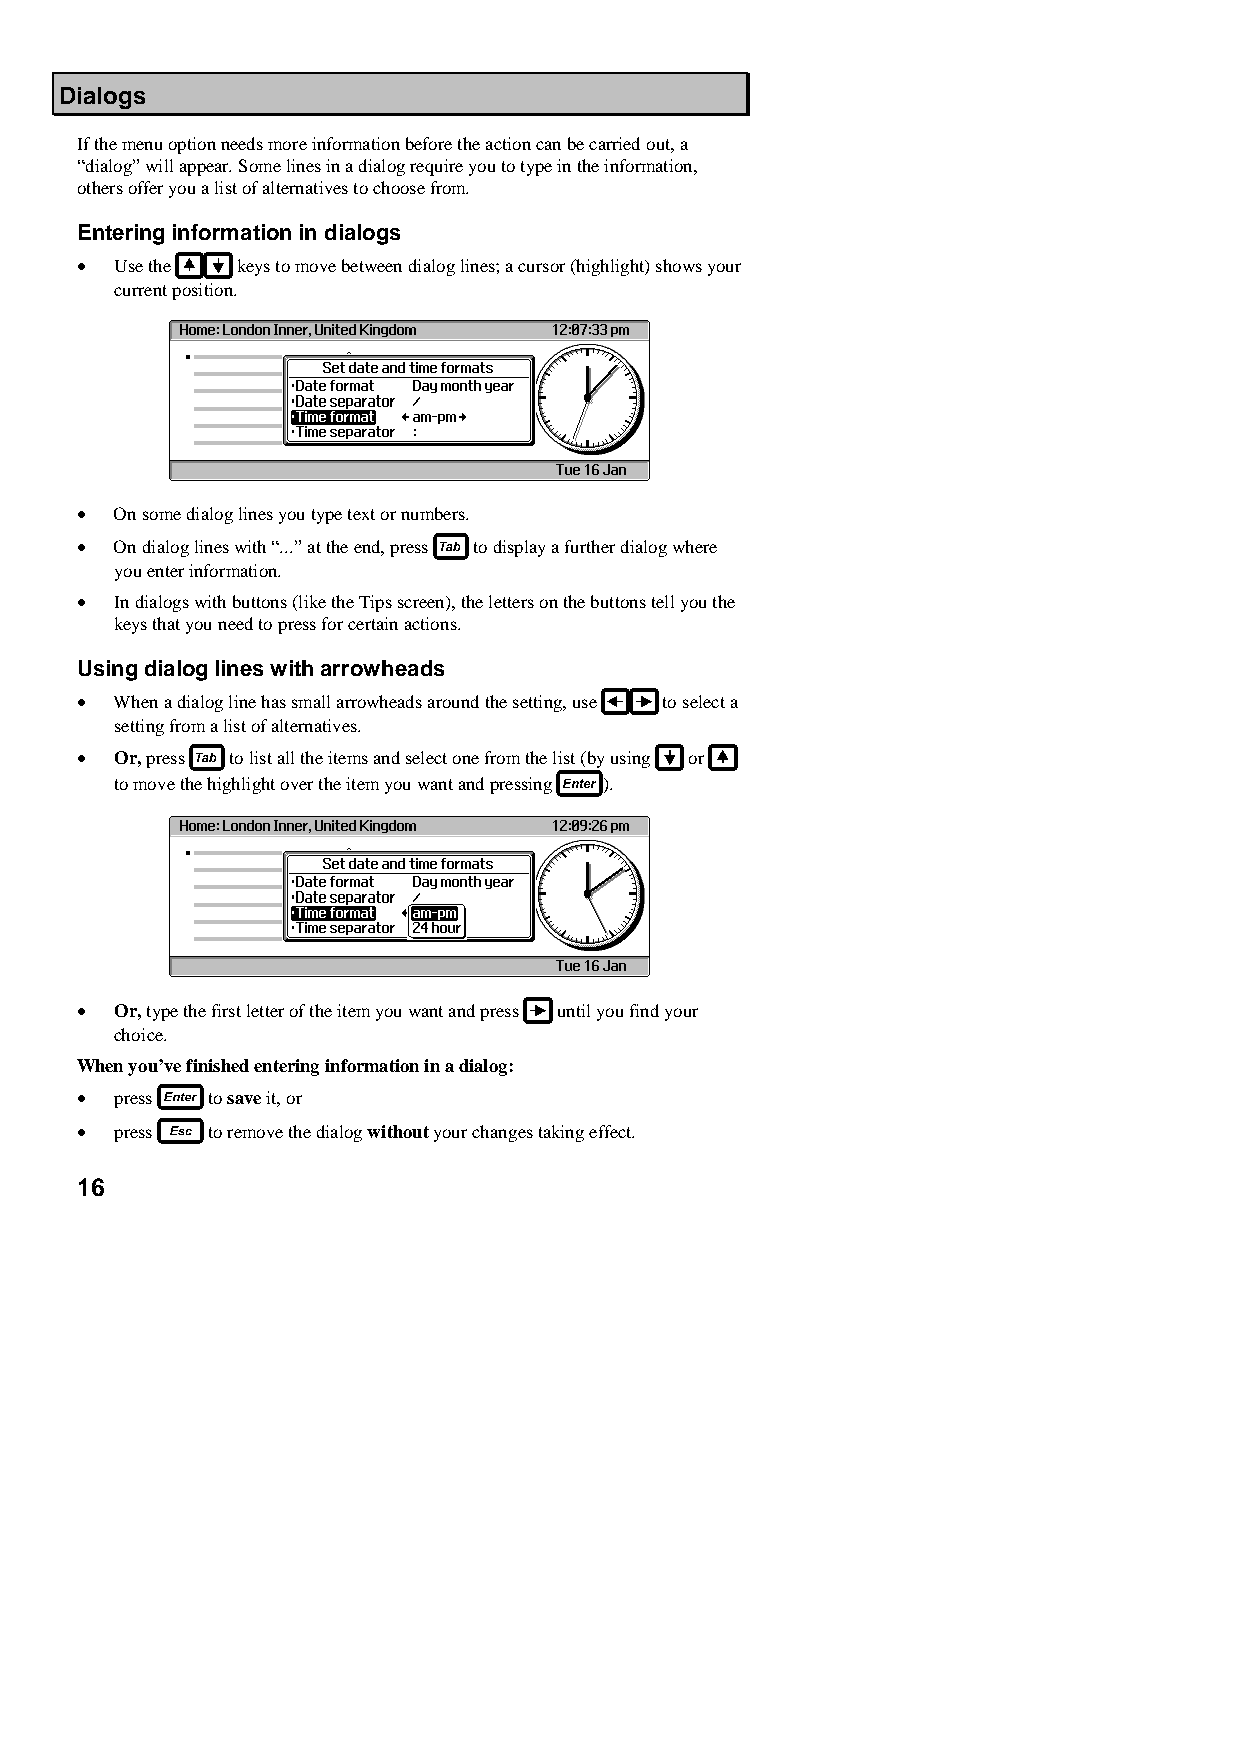
Dialogs
 If the menu option needs more information before the action can be carried out, a
 “dialog” will appear. Some lines in a dialog require you to type in the information,
 others offer you a list of alternatives to choose from.
 Entering information in dialogs
 •  Use the keys to move between dialog lines; a cursor (highlight) shows your
 current position.
 •  On some dialog lines you type text or numbers.
 •  On dialog lines with “...” at the end, press to display a further dialog where
 you enter information.
 •  In dialogs with buttons (like the Tips screen), the letters on the buttons tell you the
 keys that you need to press for certain actions.
 Using dialog lines with arrowheads
 •  When a dialog line has small arrowheads around the setting, use to select a
 setting from a list of alternatives.
 •  Or, press to list all the items and select one from the list (by using or
 to move the highlight over the item you want and pressing ).
 •  Or, type the first letter of the item you want and press until you find your
 choice.
 When you’ve finished entering information in a dialog:
 •  press to save it, or
 •  press to remove the dialog without your changes taking effect.
 16